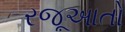
રજૂઆતો